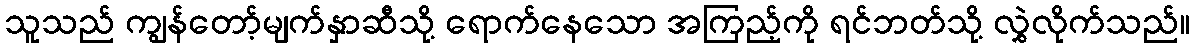
သူသည် ကျွန်တော့်မျက်နှာဆီသို့ ရောက်နေသော အကြည့်ကို ရင်ဘတ်သို့ လွှဲလိုက်သည်။